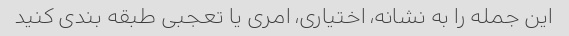
این جمله را به نشانه، اختیاری، امری یا تعجبی طبقه بندی کنید